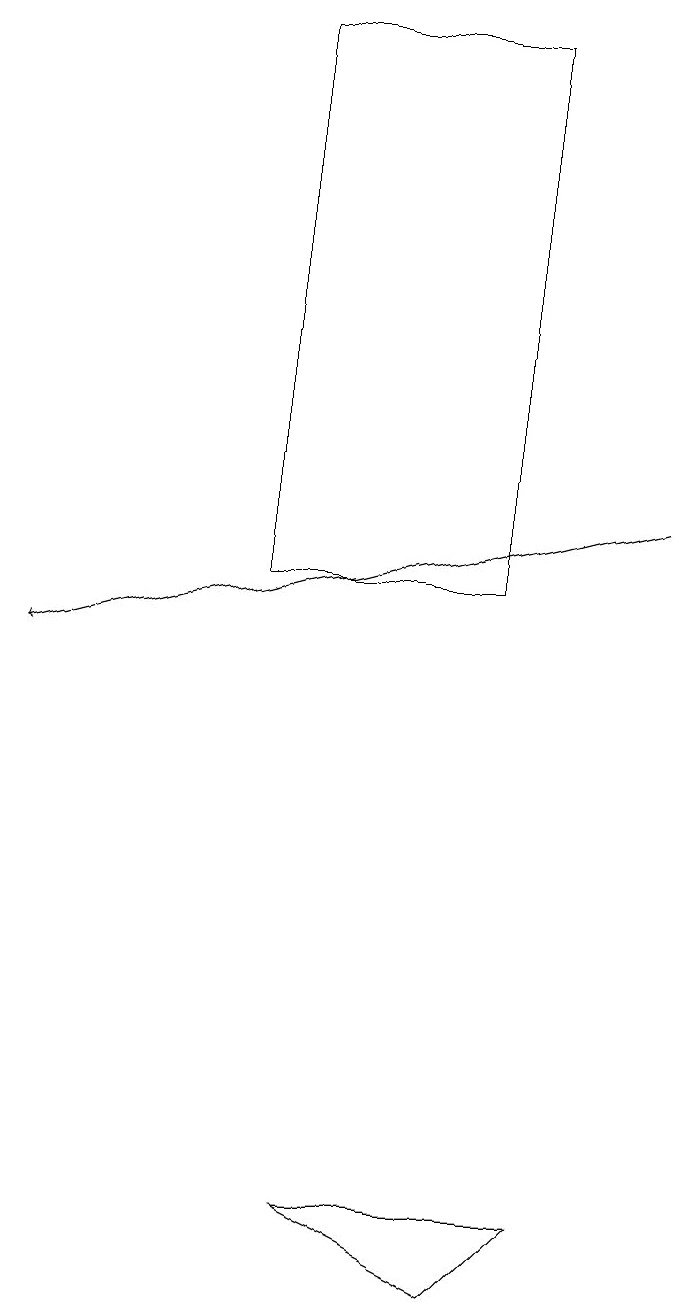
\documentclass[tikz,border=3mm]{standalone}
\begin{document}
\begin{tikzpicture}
\draw (4,12) rectangle (7,19);
\draw[->] (9,13) -- (1,11);
\draw (5,4) -- (8,4) -- (7,3) -- cycle;
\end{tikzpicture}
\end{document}